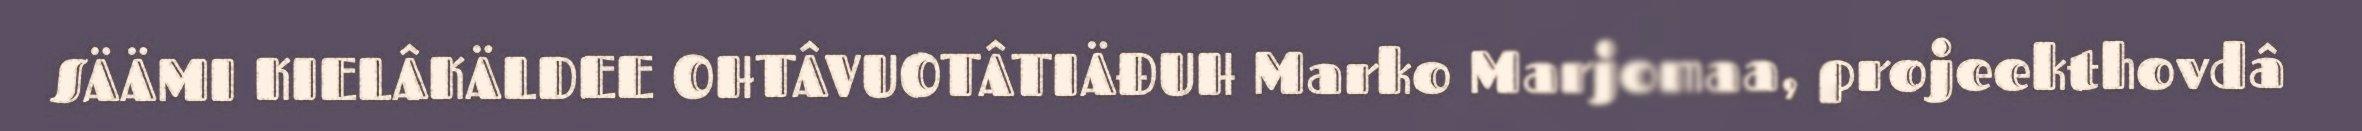
SÄÄMI KIELÂKÄLDEE OHTÂVUOTÂTIÄĐUH Marko Marjomaa, projeekthovdâ